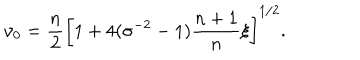
\nu _ { 0 } = \frac { n } { 2 } \left[ 1 + 4 ( \sigma ^ { - 2 } - 1 ) \frac { n + 1 } { n } \xi \right] ^ { 1 / 2 } .